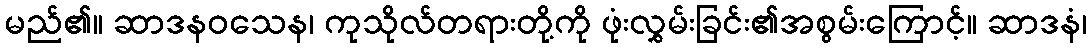
မည်၏။ ဆာဒနဝသေန၊ ကုသိုလ်တရားတို့ကို ဖုံးလွှမ်းခြင်း၏အစွမ်းကြောင့်။ ဆာဒနံ၊